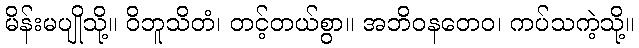
မိန်းမပျိုသို့။ ဝိဘူသိတံ၊ တင့်တယ်စွာ။ အဘိဝနတေဝ၊ ကပ်သကဲ့သို့။